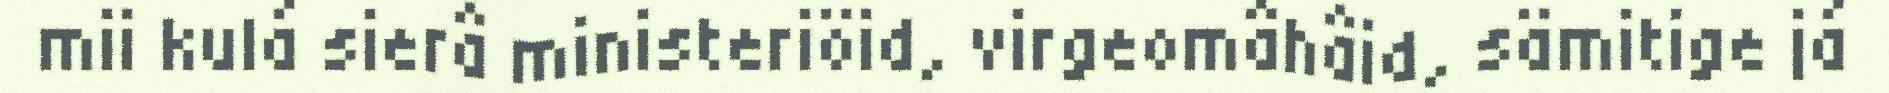
mii kulá sierâ ministeriöid, virgeomâhâid, sämitige já